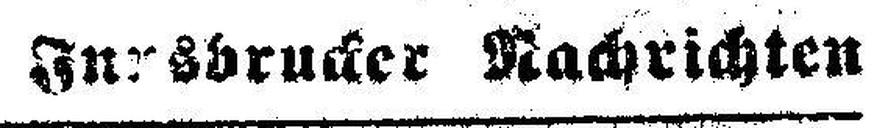
Innsbrucker Nachrichten